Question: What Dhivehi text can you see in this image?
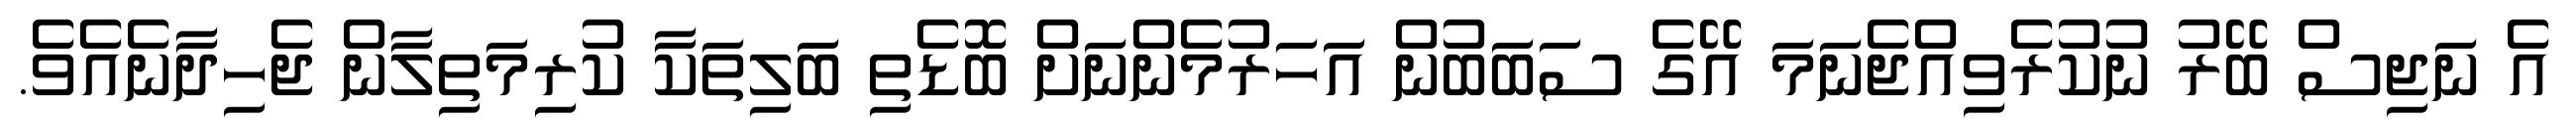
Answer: އެ ނަޖިސް ބޭރު ނުކުރެވިއްޖެނަމަ އޭގެ ސަބަބުން އަހަރުމެންނަށް ބޮޑެތި ބަލިތަކާ ކުރިމަތިލާން ޖެހިދާނެއެވެ.